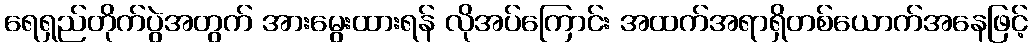
ရေရှည်တိုက်ပွဲအတွက် အားမွေးထားရန် လိုအပ်ကြောင်း အထက်အရာရှိတစ်ယောက်အနေဖြင့်